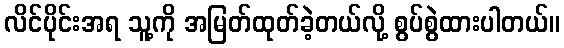
လိင်ပိုင်းအရ သူ့ကို အမြတ်ထုတ်ခဲ့တယ်လို့ စွပ်စွဲထားပါတယ်။